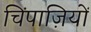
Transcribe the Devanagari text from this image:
चिंपाज़ियों